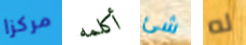
مركزا أكلمه شئ له